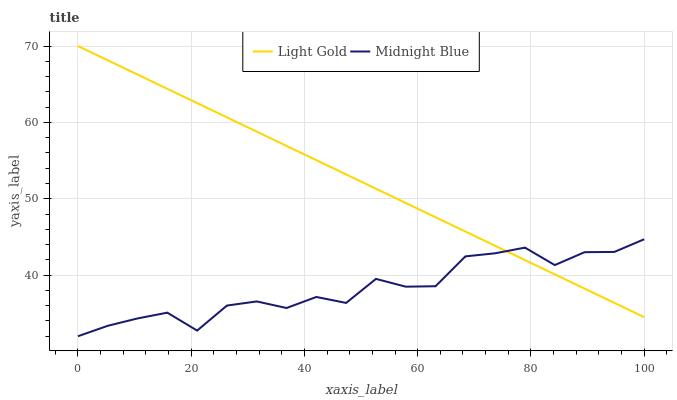
| xaxis_label | Light Gold | Midnight Blue |
 | --- | --- | --- |
 | 0 | 70 | 32 |
 | 5.26 | 68.1 | 33.4 |
 | 10.5 | 66.3 | 34.3 |
 | 15.8 | 64.4 | 35.1 |
 | 21.1 | 62.5 | 32.7 |
 | 26.3 | 60.7 | 36 |
 | 31.6 | 58.8 | 36.6 |
 | 36.8 | 56.9 | 35.7 |
 | 42.1 | 55.1 | 37.1 |
 | 47.4 | 53.2 | 36.4 |
 | 52.6 | 51.3 | 39.5 |
 | 57.9 | 49.4 | 38.5 |
 | 63.2 | 47.6 | 38.5 |
 | 68.4 | 45.7 | 42.5 |
 | 73.7 | 43.8 | 42.9 |
 | 78.9 | 42 | 43.6 |
 | 84.2 | 40.1 | 41.3 |
 | 89.5 | 38.2 | 43 |
 | 94.7 | 36.4 | 43 |
 | 100 | 34.5 | 44.7 |